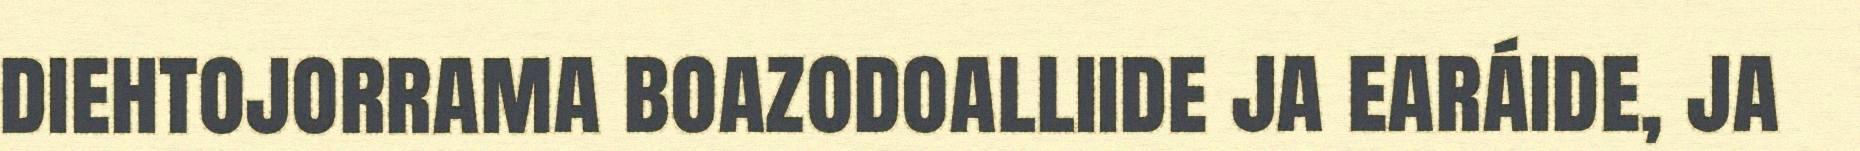
diehtojorrama boazodoalliide ja earáide, ja